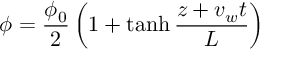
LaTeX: \phi = { \frac { \phi _ { 0 } } { 2 } } \left( 1 + \operatorname { t a n h } { \frac { z + v _ { w } t } { L } } \right)